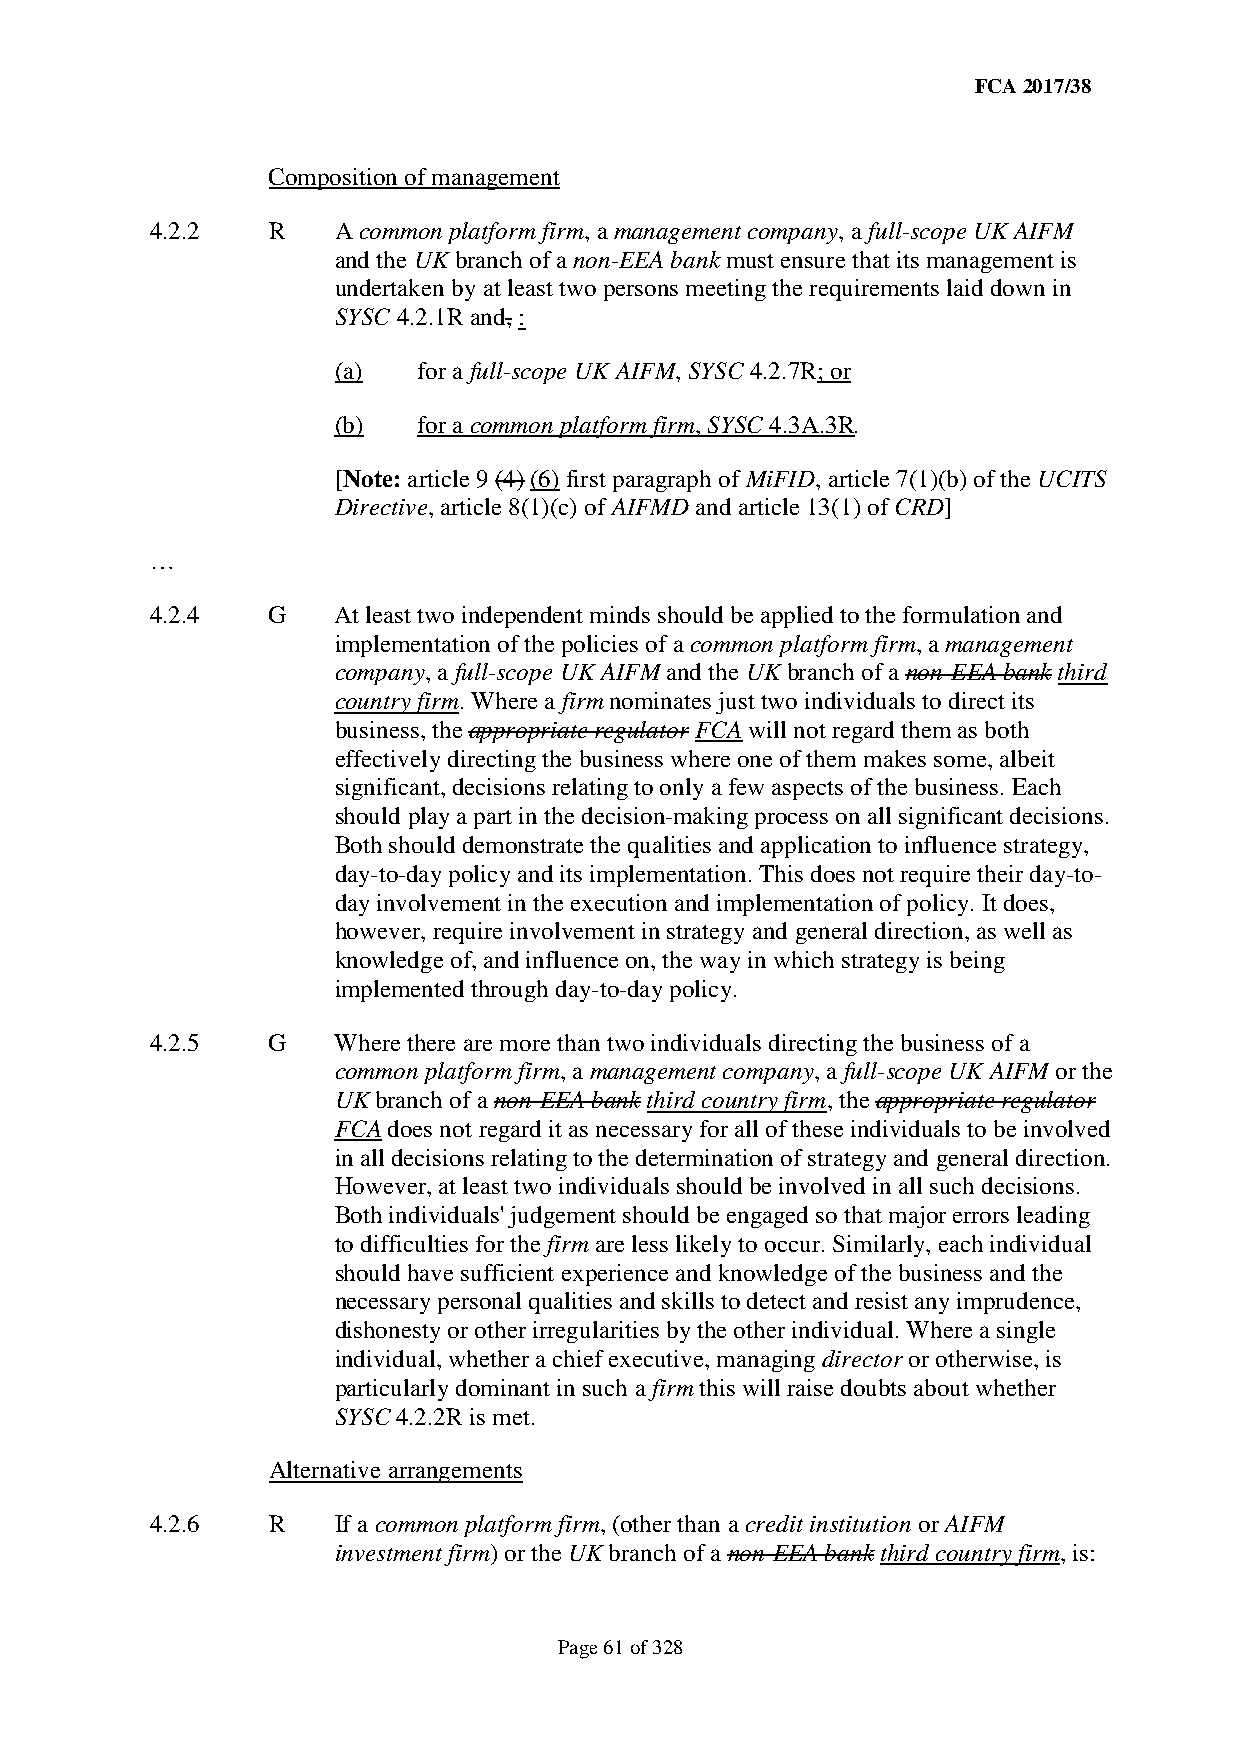
FCA 2017/38
 Composition of management
 4.2.2   R   A common platform firm, a management company, a full-scope UK AIFM
 and the UK branch of a non-EEA bank must ensure that its management is
 undertaken by at least two persons meeting the requirements laid down in
 SYSC 4.2.1R and, :
 (a)   for a full-scope UK AIFM, SYSC 4.2.7R; or
 (b)   for a common platform firm, SYSC 4.3A.3R.
 [Note: article 9 (4) (6) first paragraph of MiFID, article 7(1)(b) of the UCITS
 Directive, article 8(1)(c) of AIFMD and article 13(1) of CRD]
 …
 4.2.4   G   At least two independent minds should be applied to the formulation and
 implementation of the policies of a common platform firm, a management
 company, a full-scope UK AIFM and the UK branch of a non-EEA bank third
 country firm. Where a firm nominates just two individuals to direct its
 business, the appropriate regulator FCA will not regard them as both
 effectively directing the business where one of them makes some, albeit
 significant, decisions relating to only a few aspects of the business. Each
 should play a part in the decision-making process on all significant decisions.
 Both should demonstrate the qualities and application to influence strategy,
 day-to-day policy and its implementation. This does not require their day-to-
 day involvement in the execution and implementation of policy. It does,
 however, require involvement in strategy and general direction, as well as
 knowledge of, and influence on, the way in which strategy is being
 implemented through day-to-day policy.
 4.2.5   G   Where there are more than two individuals directing the business of a
 common platform firm, a management company, a full-scope UK AIFM or the
 UK branch of a non-EEA bank third country firm, the appropriate regulator
 FCA does not regard it as necessary for all of these individuals to be involved
 in all decisions relating to the determination of strategy and general direction.
 However, at least two individuals should be involved in all such decisions.
 Both individuals' judgement should be engaged so that major errors leading
 to difficulties for the firm are less likely to occur. Similarly, each individual
 should have sufficient experience and knowledge of the business and the
 necessary personal qualities and skills to detect and resist any imprudence,
 dishonesty or other irregularities by the other individual. Where a single
 individual, whether a chief executive, managing director or otherwise, is
 particularly dominant in such a firm this will raise doubts about whether
 SYSC 4.2.2R is met.
 Alternative arrangements
 4.2.6   R   If a common platform firm, (other than a credit institution or AIFM
 investment firm) or the UK branch of a non-EEA bank third country firm, is:
 Page 61 of 328